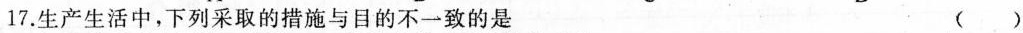
17.生产生活中，下列采取的措施与目的不一致的是 （）